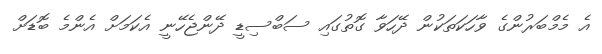
އެ މެމްބަރުންގެ ވާހަކަތަކުން ދޭހަވާ ގޮތުގައި ސަބްސިޑީ ދޭންޖެހޭނީ އެކަމަށް އެންމެ ބޮޑަށް